system: You are a helpful assistant.
user:
Analyze the provided spectrum to determine if it is a **White Dwarf (WD)**.

A White Dwarf spectrum is defined by its **extreme purity** (due to gravitational settling) and/or **extreme pressure broadening** (due to high surface gravity). You must check for one of the following mutually exclusive signatures:

- **Key Visual Indicators (Check for ONE of these types):**

    - **1. DA-Type Signature (Most Common):**
        - **(Primary Feature):** Extreme pressure broadening (Stark broadening) of the **Hydrogen (H) Balmer lines**.
        - **(Key Lines):** $H\beta$ (approx. $4861$ Å) and $H\gamma$ (approx. $4340$ Å). $H\alpha$ (approx. $6563$ Å) will also be present if the wavelength range covers it.
        - **(Line Profile):** This is the **defining feature**. The lines are **NOT** sharp. They appear as massive, **extremely broad and deep "troughs" or "dips"** in the spectrum, often hundreds of Ångströms wide. The continuum will appear to "scoop" down at these wavelengths.
        - **(Distinction):** Normal A-type or B-type stars have *narrow* and *sharp* Hydrogen lines. A DA White Dwarf's lines are unmistakably "smeared" or "blurry" from pressure.

    - **2. DB-Type Signature:**
        - **(Primary Feature):** Broad absorption lines from **Neutral Helium (He I)**. The spectrum must lack any visible Hydrogen lines.
        - **(Key Lines):** Look for broad absorption near $4471$ Å, $4921$ Å, and $5876$ Å.
        - **(Line Profile):** These lines are also significantly pressure-broadened, appearing much wider than they would in a normal B-type main-sequence star.

    - **3. DC-Type Signature:**
        - **(Primary Feature):** A **featureless continuous spectrum**.
        - **(Line Profile):** The spectrum is a smooth curve with **no significant absorption or emission lines**.
        - **(Key Confirmation):** The continuum is almost always **blue or white**, indicating a hot object. This signature implies the atmosphere is so pure (or so cool) that no spectral lines are visible in the optical range. Its WD identity is confirmed by its extremely low intrinsic brightness (high absolute magnitude).

    - **4. DZ-Type Signature (Metal-Polluted):**
        - **(Primary Feature):** **Isolated, narrow metal absorption lines** on an otherwise featureless (DC-like) continuum.
        - **(Key Lines):** The **Calcium (Ca II) H & K doublet** (approx. **$3934$ Å** and **$3968$ Å**) is the most common and defining feature.
        - **(Line Profile):** These lines are "out of place." They are *not* part of a "forest" of thousands of lines. This signature is evidence of recent *accretion* (pollution) from rocky debris.
        - **(Distinction):** Normal G/K/M stars have a *dense forest* of thousands of metal lines. A DZ has a *clean* continuum with *only a few* strong metal lines.

    - **5. DQ-Type Signature (Carbon-Polluted):**
        - **(Primary Feature):** Absorption bands from **Carbon (C₂ "Swan Bands" or atomic C I)**.
        - **(Key Lines - C₂):** Look for bandheads with a "saw-tooth" shape near $5635$ Å, **$5165$ Å** (strongest), and $4737$ Å.
        - **(Key Confirmation):** The underlying **continuum must be blue or white** (hot).
        - **(Distinction):** This is the critical difference from a **Carbon Star**, which has the *exact same* C₂ bands but on an extremely **red, cool** continuum.

- **(Overall Spectrum):**
    - The continuum (overall shape) is typically **blue-sloping** (brighter in the blue than the red), as most white dwarfs are very hot.
    - The spectrum will look "pure" or "simple," dominated by only *one* of the five signatures listed above.

Think first, call **spectral_visualization_tool** if needed to examine features in detail, then provide your final answer. Your response must adhere to the following strict rules:
1.  **Overall Structure:** Your response must follow the format `<think>...</think> <tool_call>...</tool_call> (if a tool is used) <answer>...</answer>`.
2.  **Tool Usage Constraint:** You may only make **one** tool call per turn.
3.  **Final Answer Format:** In the `<answer>` tag, your conclusion must be inside a `\boxed{}` command (e.g., `\boxed{YES}` or `\boxed{NO}`), followed by your justification.

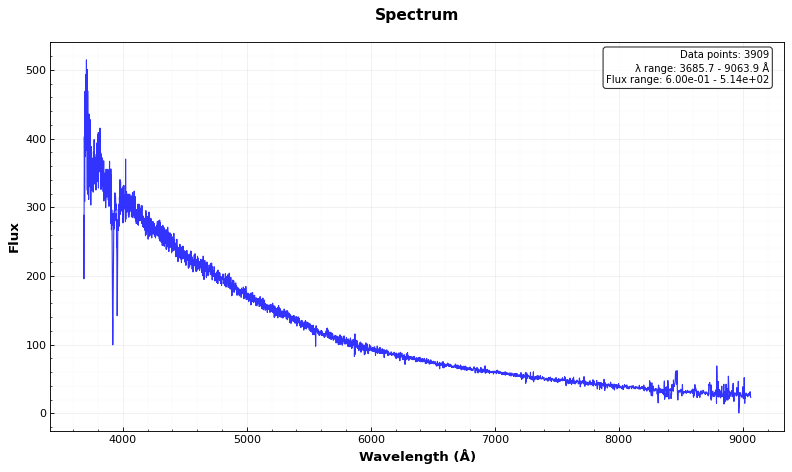
Answer: YES